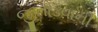
જીતાડવાની